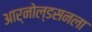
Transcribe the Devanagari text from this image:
आर्नोल्डसनला